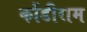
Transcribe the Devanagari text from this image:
कोंडीराम